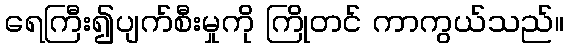
ရေကြီး၍ပျက်စီးမှုကို ကြိုတင် ကာကွယ်သည်။